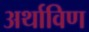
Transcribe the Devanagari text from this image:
अर्थाविण